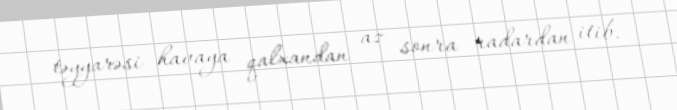
təyyarəsi havaya qalxandan az sonra radardan itib.